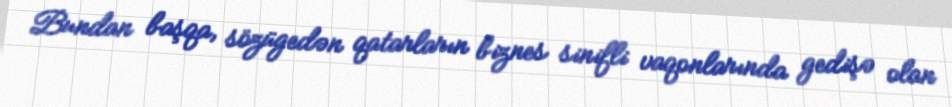
Bundan başqa, sözügedən qatarların biznes sinifli vaqonlarında gedişə olan